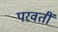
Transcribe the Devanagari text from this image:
परवतीं